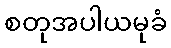
စတုအပါယမုခံ